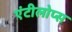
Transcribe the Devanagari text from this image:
एंटीलोप्स